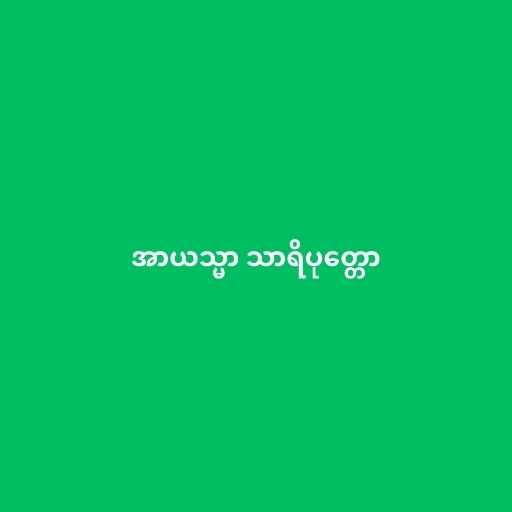
အာယသ္မာ သာရိပုတ္တော